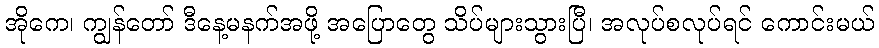
အိုကေ၊ ကျွန်တော် ဒီနေ့မနက်အဖို့ အပြောတွေ သိပ်များသွားပြီ၊ အလုပ်စလုပ်ရင် ကောင်းမယ်